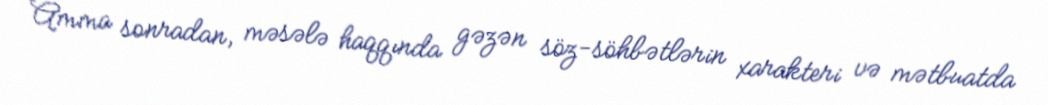
Amma sonradan, məsələ haqqında gəzən söz-söhbətlərin xarakteri və mətbuatda